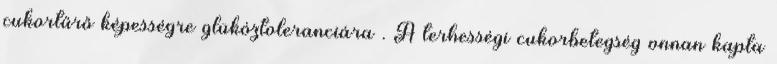
cukortűrő képességre glükóztoleranciára . A terhességi cukorbetegség onnan kapta